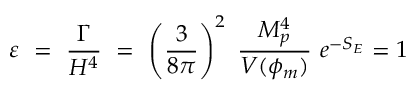
\varepsilon \ = \ \frac { \Gamma } { H ^ { 4 } } \ = \ \left( \frac { 3 } { 8 \pi } \right) ^ { 2 } \ \frac { M _ { p } ^ { 4 } } { V ( \phi _ { m } ) } \ e ^ { - S _ { E } } = 1